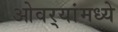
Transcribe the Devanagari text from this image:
ओवर्‍यांमध्ये